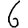
Digit: 6